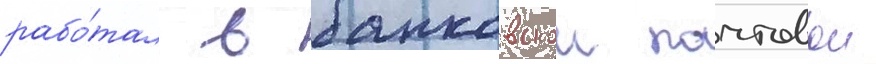
рабо́тал в банковскои почтовои